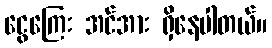
ငွေကြေး အင်အား ရှိနေပါတယ်။